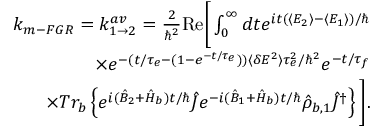
\begin{array} { r l r } & { } & { k _ { m - F G R } = k _ { 1 \rightarrow 2 } ^ { a v } = \frac { 2 } { \hbar ^ { 2 } } \mathrm { R e } \Bigg [ \int _ { 0 } ^ { \infty } d t e ^ { i t ( \langle E _ { 2 } \rangle - \langle E _ { 1 } \rangle ) / \hbar } } \\ & { } & { \times e ^ { - ( t / \tau _ { e } - ( 1 - e ^ { - t / \tau _ { e } } ) ) \langle \delta E ^ { 2 } \rangle \tau _ { e } ^ { 2 } / \hbar ^ { 2 } } e ^ { - t / \tau _ { f } } } \\ & { } & { \times T r _ { b } \left\{ e ^ { i ( \hat { B } _ { 2 } + \hat { H } _ { b } ) t / \hbar } \hat { J } e ^ { - i ( \hat { B } _ { 1 } + \hat { H } _ { b } ) t / \hbar } \hat { \rho } _ { b , 1 } \hat { J } ^ { \dagger } \right\} \Bigg ] . } \end{array}